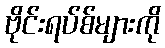
ဗိုင်းရပ်စ်များကို